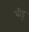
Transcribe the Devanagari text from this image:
वीडू